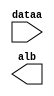
// megafunction wizard: %LPM_COMPARE%VBB%
// GENERATION: STANDARD
// VERSION: WM1.0
// MODULE: lpm_compare 

// ============================================================
// Megafunction Name(s):
// 			lpm_compare
//
// Simulation Library Files(s):
// 			lpm
// ============================================================
// ************************************************************
// THIS IS A WIZARD-GENERATED FILE. DO NOT EDIT THIS FILE!
//
// 9.1 Build 350 03/24/2010 SP 2 SJ Web Edition
// ************************************************************

//Copyright (C) 1991-2010 Altera Corporation
//Your use of Altera Corporation's design tools, logic functions 
//and other software and tools, and its AMPP partner logic 
//functions, and any output files from any of the foregoing 
//(including device programming or simulation files), and any 
//associated documentation or information are expressly subject 
//to the terms and conditions of the Altera Program License 
//Subscription Agreement, Altera MegaCore Function License 
//Agreement, or other applicable license agreement, including, 
//without limitation, that your use is for the sole purpose of 
//programming logic devices manufactured by Altera and sold by 
//Altera or its authorized distributors.  Please refer to the 
//applicable agreement for further details.

module lpm_compare2 (
	dataa,
	alb);

	input	[1:0]  dataa;
	output	  alb;

endmodule

// ============================================================
// CNX file retrieval info
// ============================================================
// Retrieval info: PRIVATE: AeqB NUMERIC "0"
// Retrieval info: PRIVATE: AgeB NUMERIC "0"
// Retrieval info: PRIVATE: AgtB NUMERIC "0"
// Retrieval info: PRIVATE: AleB NUMERIC "0"
// Retrieval info: PRIVATE: AltB NUMERIC "1"
// Retrieval info: PRIVATE: AneB NUMERIC "0"
// Retrieval info: PRIVATE: INTENDED_DEVICE_FAMILY STRING "Cyclone II"
// Retrieval info: PRIVATE: LPM_PIPELINE NUMERIC "0"
// Retrieval info: PRIVATE: Latency NUMERIC "0"
// Retrieval info: PRIVATE: PortBValue NUMERIC "3"
// Retrieval info: PRIVATE: Radix NUMERIC "10"
// Retrieval info: PRIVATE: SYNTH_WRAPPER_GEN_POSTFIX STRING "0"
// Retrieval info: PRIVATE: SignedCompare NUMERIC "0"
// Retrieval info: PRIVATE: aclr NUMERIC "0"
// Retrieval info: PRIVATE: clken NUMERIC "0"
// Retrieval info: PRIVATE: isPortBConstant NUMERIC "1"
// Retrieval info: PRIVATE: nBit NUMERIC "2"
// Retrieval info: CONSTANT: LPM_HINT STRING "ONE_INPUT_IS_CONSTANT=YES"
// Retrieval info: CONSTANT: LPM_REPRESENTATION STRING "UNSIGNED"
// Retrieval info: CONSTANT: LPM_TYPE STRING "LPM_COMPARE"
// Retrieval info: CONSTANT: LPM_WIDTH NUMERIC "2"
// Retrieval info: USED_PORT: AlB 0 0 0 0 OUTPUT NODEFVAL AlB
// Retrieval info: USED_PORT: dataa 0 0 2 0 INPUT NODEFVAL dataa[1..0]
// Retrieval info: CONNECT: AlB 0 0 0 0 @AlB 0 0 0 0
// Retrieval info: CONNECT: @dataa 0 0 2 0 dataa 0 0 2 0
// Retrieval info: CONNECT: @datab 0 0 2 0 3 0 0 0 0
// Retrieval info: LIBRARY: lpm lpm.lpm_components.all
// Retrieval info: GEN_FILE: TYPE_NORMAL lpm_compare2.v TRUE
// Retrieval info: GEN_FILE: TYPE_NORMAL lpm_compare2.inc FALSE
// Retrieval info: GEN_FILE: TYPE_NORMAL lpm_compare2.cmp TRUE
// Retrieval info: GEN_FILE: TYPE_NORMAL lpm_compare2.bsf TRUE FALSE
// Retrieval info: GEN_FILE: TYPE_NORMAL lpm_compare2_inst.v FALSE
// Retrieval info: GEN_FILE: TYPE_NORMAL lpm_compare2_bb.v TRUE
// Retrieval info: GEN_FILE: TYPE_NORMAL lpm_compare2_waveforms.html TRUE
// Retrieval info: GEN_FILE: TYPE_NORMAL lpm_compare2_wave*.jpg FALSE
// Retrieval info: LIB_FILE: lpm